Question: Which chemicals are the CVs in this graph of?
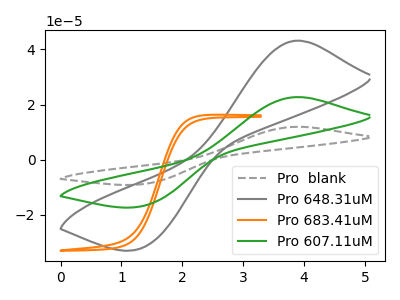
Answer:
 <answer>The gray dashed curve is labeled "Pro  blank". The gray curve is labeled "Pro 648.31uM". The orange curve is labeled "Pro 683.41uM". The green curve is labeled "Pro 607.11uM".</answer>
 <eval></eval>